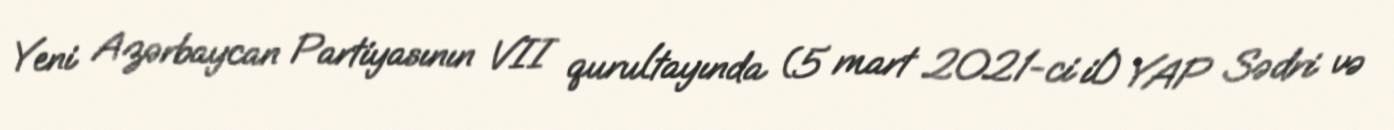
Yeni Azərbaycan Partiyasının VII qurultayında (5 mart 2021-ci il) YAP Sədri və